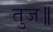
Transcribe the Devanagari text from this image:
तुज॥